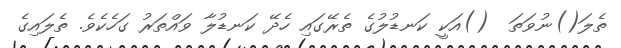
ތެލަ()ނުވަތަ  ()އަކީ ކަނޑުލުގެ ތެރޭގައި ހެދޭ ކަނޑުލާ ވައްތަރު ގަހެކެވެ. ތެލައިގެ